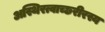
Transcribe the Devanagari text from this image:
अस्थिरत्वाच्छरीरस्य